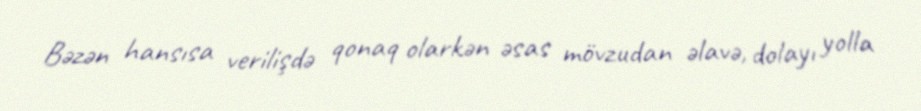
Bəzən hansısa verilişdə qonaq olarkən əsas mövzudan əlavə, dolayı yolla